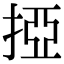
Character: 掗